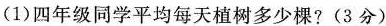
(1)四年级同学平均每天植树多少棵?(3分)